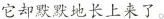
它却默默地长上来了。